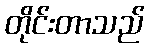
တိုင်းတာသည်